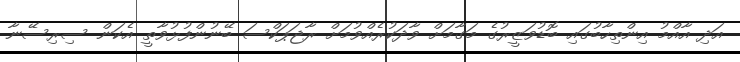
އަދި އާއްމު އިންތިހާބުގައި ބޮޑުވަޒީރުގެ މަގާމަށް ވާދަކުރެއްވުމަށް ރާޖަޕަކްސަ ބޭނުންފުޅުވާތީ އެކަން ސިރިސޭނާ